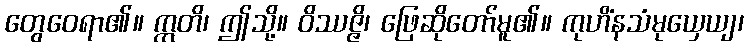
တွေဝေရာ၏။ ဣတိ၊ ဤသို့။ ဝိဿဇ္ဇိ၊ ဖြေဆိုတော်မူ၏။ ကုဟိံနသံမုယှေယျ၊